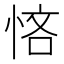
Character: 悋